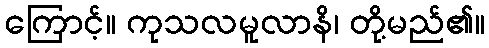
ကြောင့်။ ကုသလမူလာနိ၊ တို့မည်၏။